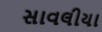
સાવલીયા